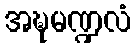
အဍ္ဎမဏ္ဍလံ